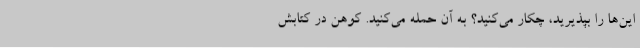
این‌ها را بپذیرید، چکار می‌کنید؟ به آن حمله می‌کنید. کوهن در کتابش